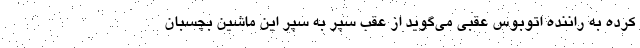
کرده به راننده اتوبوس عقبی می‌گوید از عقب سپر به سپر این ماشین بچسبان